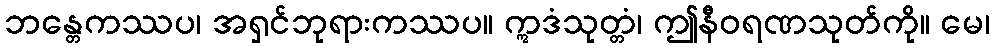
ဘန္တေကဿပ၊ အရှင်ဘုရားကဿပ။ ဣဒံသုတ္တံ၊ ဤနီဝရဏသုတ်ကို။ မေ၊